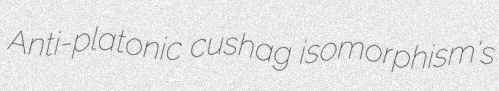
Anti-platonic cushag isomorphism's